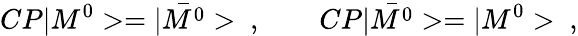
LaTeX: CP|M^{0}>=|\bar{M^{0}}>\ ,\qquad CP|\bar{M^{0}}>=|M^{0}>\ ,